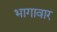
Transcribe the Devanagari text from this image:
भागावार